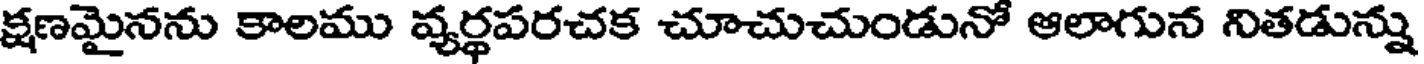
క్షణమైనను కాలము వ్యర్థపరచక చూచుచుండునో ఆలాగున నితడున్ను